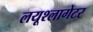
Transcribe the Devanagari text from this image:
लयूश्लागेटर